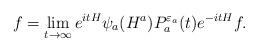
LaTeX: \begin{align*}f=\lim_{t\to\infty}e^{itH}\psi_a(H^a)P_a^{{\varepsilon}_a}(t)e^{-itH}f.\end{align*}